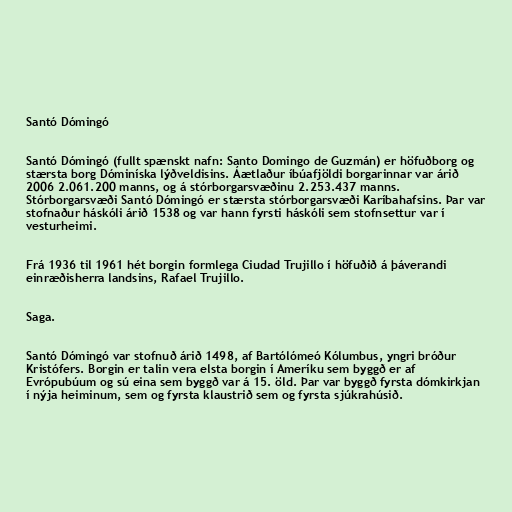
Santó Dómingó

Santó Dómingó (fullt spænskt nafn: Santo Domingo de Guzmán) er höfuðborg og
stærsta borg Dóminíska lýðveldisins. Áætlaður íbúafjöldi borgarinnar var árið
2006 2.061.200 manns, og á stórborgarsvæðinu 2.253.437 manns.
Stórborgarsvæði Santó Dómingó er stærsta stórborgarsvæði Karíbahafsins. Þar var
stofnaður háskóli árið 1538 og var hann fyrsti háskóli sem stofnsettur var í
vesturheimi.

Frá 1936 til 1961 hét borgin formlega Ciudad Trujillo í höfuðið á þáverandi
einræðisherra landsins, Rafael Trujillo.

Saga.

Santó Dómingó var stofnuð árið 1498, af Bartólómeó Kólumbus, yngri bróður
Kristófers. Borgin er talin vera elsta borgin í Ameríku sem byggð er af
Evrópubúum og sú eina sem byggð var á 15. öld. Þar var byggð fyrsta dómkirkjan
í nýja heiminum, sem og fyrsta klaustrið sem og fyrsta sjúkrahúsið.